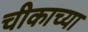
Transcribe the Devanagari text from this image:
चीकाच्या